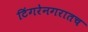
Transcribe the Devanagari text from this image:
टिंगरेनगरातच